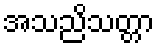
အသညိသတ္တာ